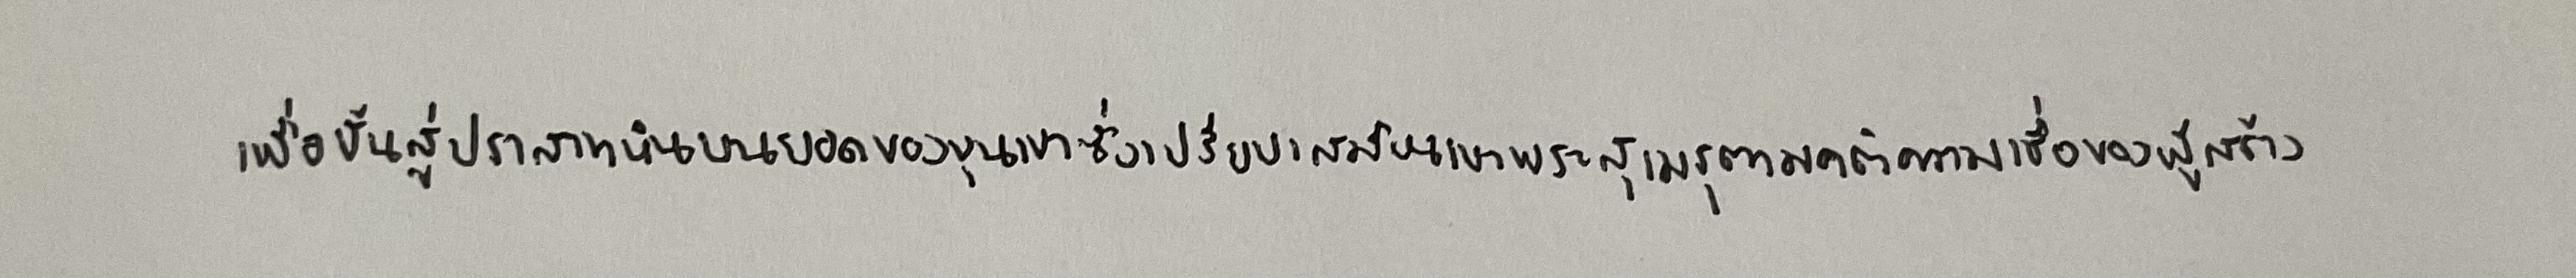
เพื่อขั้นสู่ปราสาทหินบนยอดของขุนเขาซึ่งเปรียบเสมือนเขาพระสุเมรุตามคติความเชื่อของผู้สร้าง